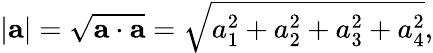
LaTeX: \left|\mathbf{a}\right|={\sqrt{\mathbf{a}\cdot\mathbf{a}}}={\sqrt{a_{1}^{2}+a_{2}^{2}+a_{3}^{2}+a_{4}^{2}}},